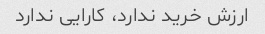
ارزش خرید ندارد، کارایی ندارد